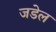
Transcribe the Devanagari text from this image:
जडेल